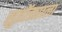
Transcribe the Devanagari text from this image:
सुतोंड्याला